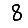
Digit: 8